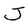
Character: J